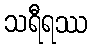
သရီရဿ